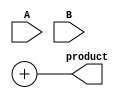
module WallaceTreeMultiplier #(parameter A_WIDTH = 4, B_WIDTH = 4) (
    input [A_WIDTH-1:0] A,
    input [B_WIDTH-1:0] B,
    output reg [A_WIDTH + B_WIDTH - 1:0] product
);

    // Generate partial products
    wire [A_WIDTH*B_WIDTH-1:0] pp; // Partial products
    genvar i, j;
    generate
        for (i = 0; i < A_WIDTH; i = i + 1) begin : pp_gen
            for (j = 0; j < B_WIDTH; j = j + 1) begin : pp_gen_inner
                assign pp[i * B_WIDTH + j] = A[i] & B[j];
            end
        end
    endgenerate

    // CSA tree structure to reduce partial products
    wire [(A_WIDTH*B_WIDTH)/3 - 1:0] sum; // Sum outputs of CSAs
    wire [(A_WIDTH*B_WIDTH)/3 - 1:0] carry; // Carry outputs of CSAs

    function [A_WIDTH + B_WIDTH - 1:0] CSA;
        input [A_WIDTH*B_WIDTH-1:0] p;
        integer idx;
        reg [A_WIDTH + B_WIDTH - 1:0] temp_sum;
        reg [A_WIDTH + B_WIDTH - 1:0] temp_carry;
        begin
            temp_sum = 0;
            temp_carry = 0;
            for (idx = 0; idx < (A_WIDTH*B_WIDTH)/3; idx = idx + 1) begin
                // Group 3 bits for CSA
                temp_sum[idx] = p[idx*3] ^ p[idx*3+1] ^ p[idx*3+2];
                temp_carry[idx+1] = (p[idx*3] & p[idx*3+1]) | (p[idx*3+1] & p[idx*3+2]) | (p[idx*3] & p[idx*3+2]);
            end
            CSA = {temp_carry, temp_sum};
        end
    endfunction

    wire [A_WIDTH + B_WIDTH - 1:0] final_sum, final_carry;

    // First stage of reduction
    wire [(A_WIDTH*B_WIDTH)/3 - 1:0] reduced_pp1;
    wire [(A_WIDTH*B_WIDTH)/3 - 1:0] reduced_pp2;

    assign {reduced_pp1, reduced_pp2} = CSA(pp);

    // Continue grouping until two final operands remain
    // Here we assume a maximum of 4 stages of reduction
    // You can implement multiple stages of CSAs as needed based on the bit-width

    // Final addition
    always @(*) begin
        product = final_sum + final_carry;
    end

endmodule